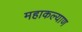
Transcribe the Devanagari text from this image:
महाकल्याण